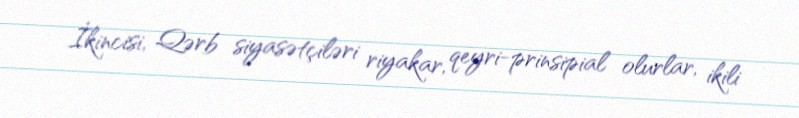
İkincisi, Qərb siyasətçiləri riyakar, qeyri-prinsipial olurlar, ikili